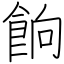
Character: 餉